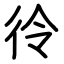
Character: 彾